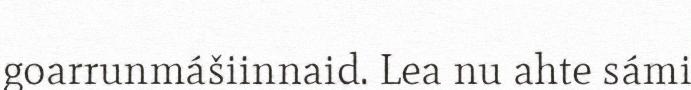
goarrunmášiinnaid. Lea nu ahte sámi